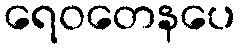
ရေဝတေနပေ